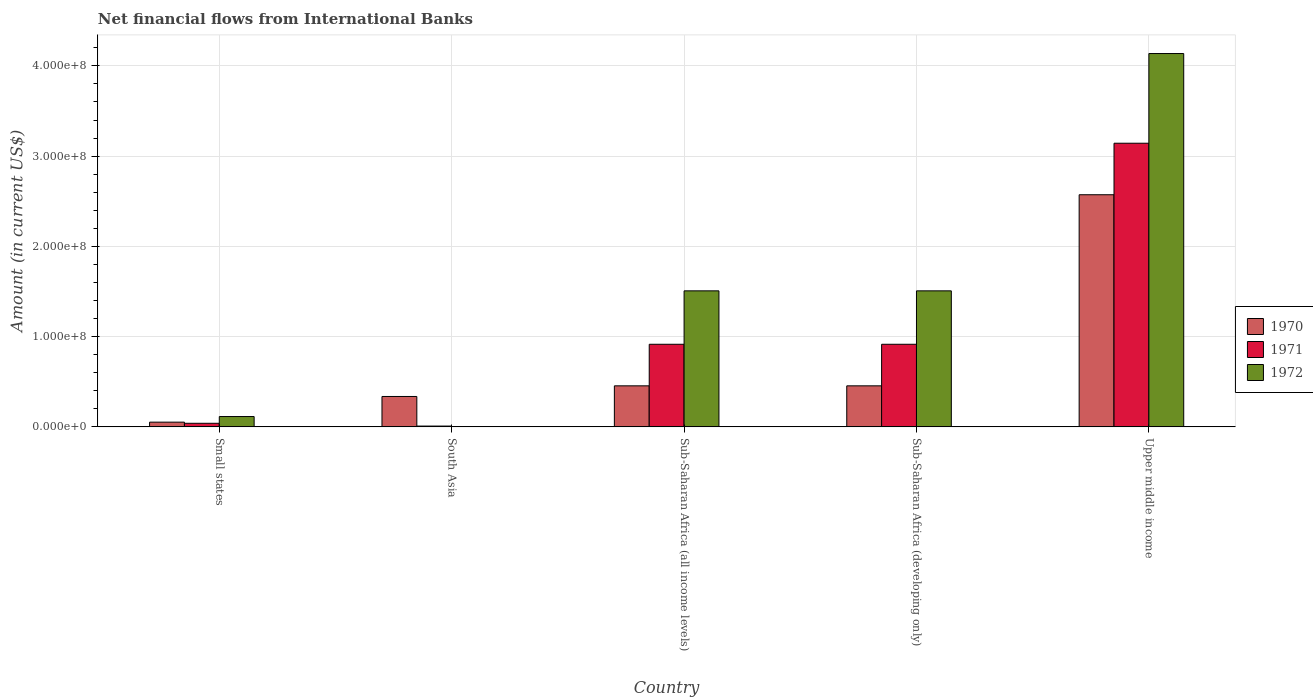
| Country | 1970 | 1971 | 1972 |
 | --- | --- | --- | --- |
 | Small states | 5.24e+06 | 3.97e+06 | 1.15e+07 |
 | South Asia | 3.37e+07 | 8.91e+05 | -2e+07 |
 | Sub-Saharan Africa (all income levels) | 4.55e+07 | 9.15e+07 | 1.51e+08 |
 | Sub-Saharan Africa (developing only) | 4.55e+07 | 9.15e+07 | 1.51e+08 |
 | Upper middle income | 2.57e+08 | 3.14e+08 | 4.14e+08 |